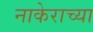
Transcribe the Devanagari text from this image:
नाकेराच्या